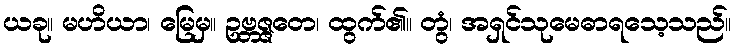
ယခု။ မဟိယာ၊ မြေမှ။ ဥဗ္ဘဇ္ဇတေ၊ ထွက်၏။ တွံ၊ အရှင်သုမေဓာရသေ့သည်။